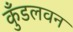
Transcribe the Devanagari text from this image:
कुँडलवन